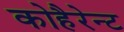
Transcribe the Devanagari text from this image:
कोहैरेन्ट